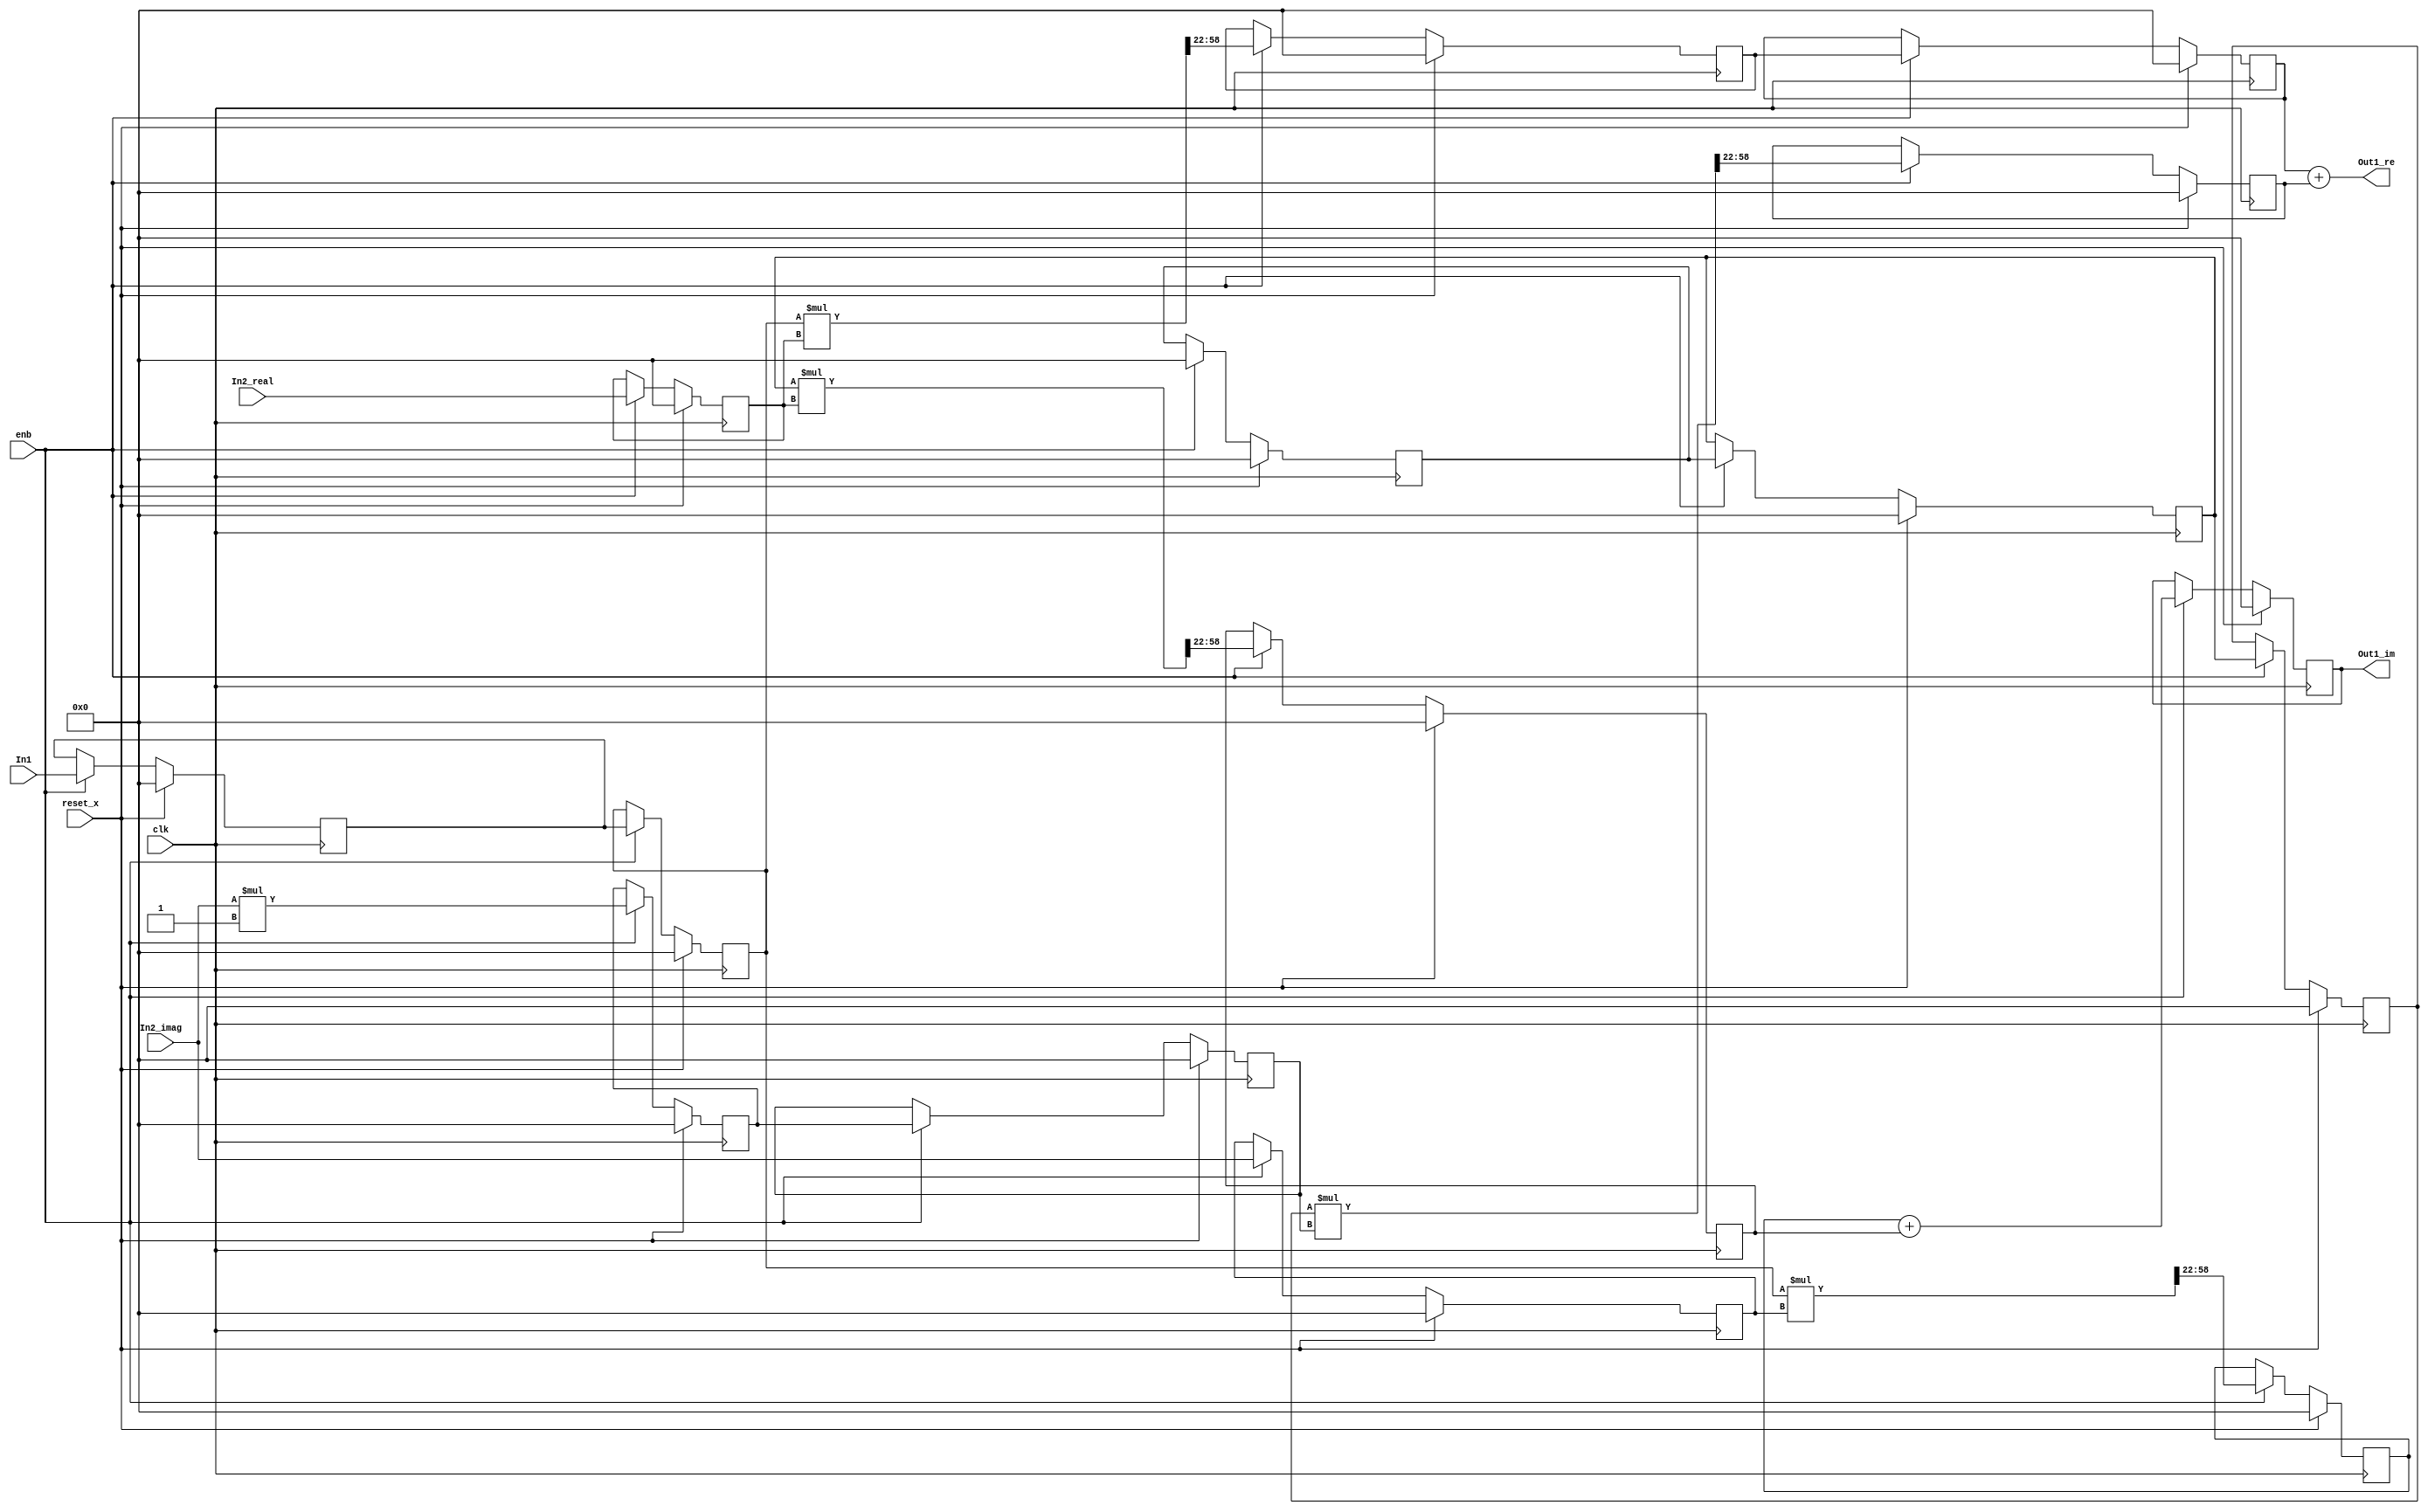
// -------------------------------------------------------------
// 
// 
// Generated by MATLAB 9.8 and HDL Coder 3.16
// 
// -------------------------------------------------------------


// -------------------------------------------------------------
// 
// Module: Complex_multiplication_block9
// Source Path: newhope_cambios/FDHT/DFT/DFT10 - block/DFT5-row 2/DFT5-3/Complex-multiplication
// Hierarchy Level: 5
// 
// -------------------------------------------------------------

`timescale 1 ns / 1 ns

module Complex_multiplication_block9
          (clk,
           reset_x,
           enb,
           In1,
           In2_real,
           In2_imag,
           Out1_re,
           Out1_im);


  input   clk;
  input   reset_x;
  input   enb;
  input   signed [36:0] In1;  // sfix37_En22
  input   signed [36:0] In2_real;  // sfix37_En22
  input   signed [36:0] In2_imag;  // sfix37_En22
  output  signed [36:0] Out1_re;  // sfix37_En22
  output  signed [36:0] Out1_im;  // sfix37_En22


  wire signed [36:0] Complex_to_Real_Imag1_out1;  // sfix37_En22
  wire signed [36:0] Complex_to_Real_Imag1_out2;  // sfix37_En22
  reg signed [36:0] reduced_reg [0:1];  // sfix37 [2]
  wire signed [36:0] reduced_reg_next [0:1];  // sfix37_En22 [2]
  wire signed [36:0] Complex_to_Real_Imag1_out1_1;  // sfix37_En22
  reg signed [36:0] In2_real_1;  // sfix37_En22
  wire signed [73:0] Product_mul_temp;  // sfix74_En44
  wire signed [36:0] Product_out1;  // sfix37_En22
  reg signed [36:0] delayMatch2_reg [0:1];  // sfix37 [2]
  wire signed [36:0] delayMatch2_reg_next [0:1];  // sfix37_En22 [2]
  wire signed [36:0] Product_out1_1;  // sfix37_En22
  reg signed [36:0] reduced_reg_1 [0:1];  // sfix37 [2]
  wire signed [36:0] reduced_reg_next_1 [0:1];  // sfix37_En22 [2]
  wire signed [36:0] Complex_to_Real_Imag1_out2_1;  // sfix37_En22
  reg signed [36:0] Complex_to_Real_Imag1_out2_2;  // sfix37_En22
  wire signed [1:0] Constant_out1;  // sfix2
  wire signed [38:0] Product4_mul_temp;  // sfix39_En22
  wire signed [36:0] Product4_out1;  // sfix37_En22
  reg signed [36:0] HwModeRegister3_reg [0:1];  // sfix37 [2]
  wire signed [36:0] HwModeRegister3_reg_next [0:1];  // sfix37_En22 [2]
  wire signed [36:0] Product4_out1_1;  // sfix37_En22
  wire signed [73:0] Product1_mul_temp;  // sfix74_En44
  wire signed [36:0] Product1_out1;  // sfix37_En22
  reg signed [36:0] Product1_out1_1;  // sfix37_En22
  wire signed [36:0] Sum_out1;  // sfix37_En22
  reg signed [36:0] In2_imag_1;  // sfix37_En22
  wire signed [73:0] Product2_mul_temp;  // sfix74_En44
  wire signed [36:0] Product2_out1;  // sfix37_En22
  reg signed [36:0] Product2_out1_1;  // sfix37_En22
  wire signed [73:0] Product3_mul_temp;  // sfix74_En44
  wire signed [36:0] Product3_out1;  // sfix37_En22
  reg signed [36:0] Product3_out1_1;  // sfix37_En22
  wire signed [36:0] Sum1_out1;  // sfix37_En22
  reg signed [36:0] Sum1_out1_1;  // sfix37_En22


  assign Complex_to_Real_Imag1_out1 = In1;
  assign Complex_to_Real_Imag1_out2 = 37'sh0000000000;



  always @(posedge clk)
    begin : reduced_process
      if (reset_x == 1'b1) begin
        reduced_reg[0] <= 37'sh0000000000;
        reduced_reg[1] <= 37'sh0000000000;
      end
      else begin
        if (enb) begin
          reduced_reg[0] <= reduced_reg_next[0];
          reduced_reg[1] <= reduced_reg_next[1];
        end
      end
    end

  assign Complex_to_Real_Imag1_out1_1 = reduced_reg[1];
  assign reduced_reg_next[0] = Complex_to_Real_Imag1_out1;
  assign reduced_reg_next[1] = reduced_reg[0];



  always @(posedge clk)
    begin : reduced_1_process
      if (reset_x == 1'b1) begin
        In2_real_1 <= 37'sh0000000000;
      end
      else begin
        if (enb) begin
          In2_real_1 <= In2_real;
        end
      end
    end



  assign Product_mul_temp = Complex_to_Real_Imag1_out1_1 * In2_real_1;
  assign Product_out1 = Product_mul_temp[58:22];



  always @(posedge clk)
    begin : delayMatch2_process
      if (reset_x == 1'b1) begin
        delayMatch2_reg[0] <= 37'sh0000000000;
        delayMatch2_reg[1] <= 37'sh0000000000;
      end
      else begin
        if (enb) begin
          delayMatch2_reg[0] <= delayMatch2_reg_next[0];
          delayMatch2_reg[1] <= delayMatch2_reg_next[1];
        end
      end
    end

  assign Product_out1_1 = delayMatch2_reg[1];
  assign delayMatch2_reg_next[0] = Product_out1;
  assign delayMatch2_reg_next[1] = delayMatch2_reg[0];



  always @(posedge clk)
    begin : reduced_2_process
      if (reset_x == 1'b1) begin
        reduced_reg_1[0] <= 37'sh0000000000;
        reduced_reg_1[1] <= 37'sh0000000000;
      end
      else begin
        if (enb) begin
          reduced_reg_1[0] <= reduced_reg_next_1[0];
          reduced_reg_1[1] <= reduced_reg_next_1[1];
        end
      end
    end

  assign Complex_to_Real_Imag1_out2_1 = reduced_reg_1[1];
  assign reduced_reg_next_1[0] = Complex_to_Real_Imag1_out2;
  assign reduced_reg_next_1[1] = reduced_reg_1[0];



  always @(posedge clk)
    begin : reduced_3_process
      if (reset_x == 1'b1) begin
        Complex_to_Real_Imag1_out2_2 <= 37'sh0000000000;
      end
      else begin
        if (enb) begin
          Complex_to_Real_Imag1_out2_2 <= Complex_to_Real_Imag1_out2_1;
        end
      end
    end



  assign Constant_out1 = 2'sb11;



  assign Product4_mul_temp = In2_imag * Constant_out1;
  assign Product4_out1 = Product4_mul_temp[36:0];



  always @(posedge clk)
    begin : HwModeRegister3_process
      if (reset_x == 1'b1) begin
        HwModeRegister3_reg[0] <= 37'sh0000000000;
        HwModeRegister3_reg[1] <= 37'sh0000000000;
      end
      else begin
        if (enb) begin
          HwModeRegister3_reg[0] <= HwModeRegister3_reg_next[0];
          HwModeRegister3_reg[1] <= HwModeRegister3_reg_next[1];
        end
      end
    end

  assign Product4_out1_1 = HwModeRegister3_reg[1];
  assign HwModeRegister3_reg_next[0] = Product4_out1;
  assign HwModeRegister3_reg_next[1] = HwModeRegister3_reg[0];



  assign Product1_mul_temp = Complex_to_Real_Imag1_out2_2 * Product4_out1_1;
  assign Product1_out1 = Product1_mul_temp[58:22];



  always @(posedge clk)
    begin : PipelineRegister1_process
      if (reset_x == 1'b1) begin
        Product1_out1_1 <= 37'sh0000000000;
      end
      else begin
        if (enb) begin
          Product1_out1_1 <= Product1_out1;
        end
      end
    end



  assign Sum_out1 = Product_out1_1 + Product1_out1_1;



  assign Out1_re = Sum_out1;

  always @(posedge clk)
    begin : HwModeRegister5_process
      if (reset_x == 1'b1) begin
        In2_imag_1 <= 37'sh0000000000;
      end
      else begin
        if (enb) begin
          In2_imag_1 <= In2_imag;
        end
      end
    end



  assign Product2_mul_temp = Complex_to_Real_Imag1_out1_1 * In2_imag_1;
  assign Product2_out1 = Product2_mul_temp[58:22];



  always @(posedge clk)
    begin : PipelineRegister2_process
      if (reset_x == 1'b1) begin
        Product2_out1_1 <= 37'sh0000000000;
      end
      else begin
        if (enb) begin
          Product2_out1_1 <= Product2_out1;
        end
      end
    end



  assign Product3_mul_temp = Complex_to_Real_Imag1_out2_1 * In2_real_1;
  assign Product3_out1 = Product3_mul_temp[58:22];



  always @(posedge clk)
    begin : PipelineRegister3_process
      if (reset_x == 1'b1) begin
        Product3_out1_1 <= 37'sh0000000000;
      end
      else begin
        if (enb) begin
          Product3_out1_1 <= Product3_out1;
        end
      end
    end



  assign Sum1_out1 = Product2_out1_1 + Product3_out1_1;



  always @(posedge clk)
    begin : delayMatch5_process
      if (reset_x == 1'b1) begin
        Sum1_out1_1 <= 37'sh0000000000;
      end
      else begin
        if (enb) begin
          Sum1_out1_1 <= Sum1_out1;
        end
      end
    end



  assign Out1_im = Sum1_out1_1;

endmodule  // Complex_multiplication_block9